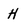
Character: H